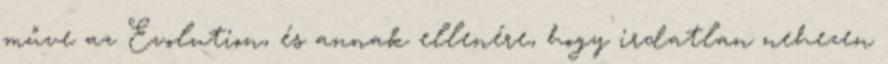
műve az Evolution, és annak ellenére, hogy irdatlan nehezen